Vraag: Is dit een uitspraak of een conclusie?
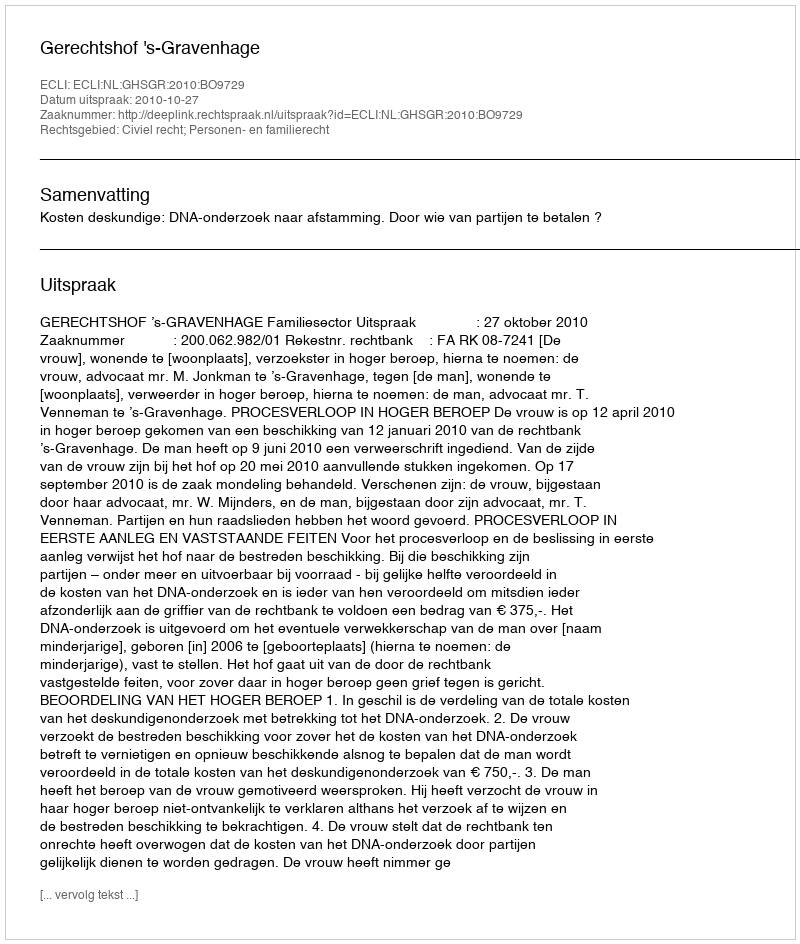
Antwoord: Uitspraak